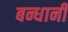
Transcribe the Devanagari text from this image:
बन्धानी